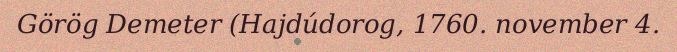
Görög Demeter (Hajdúdorog, 1760. november 4.